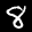
Label: 8